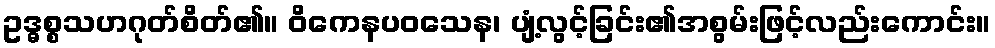
ဥဒ္ဓစ္စသဟဂုတ်စိတ်၏။ ဝိကေနပဝသေန၊ ပျံ့လွင့်ခြင်း၏အစွမ်းဖြင့်လည်းကောင်း။